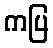
ကပြ